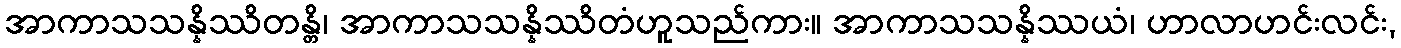
အာကာသသန္နိဿိတန္တိ၊ အာကာသသန္နိဿိတံဟူသည်ကား။ အာကာသသန္နိဿယံ၊ ဟာလာဟင်းလင်း,